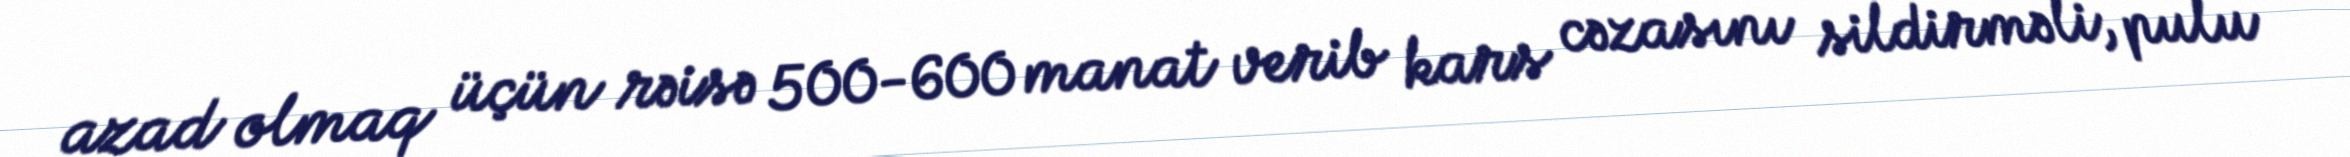
azad olmaq üçün rəisə 500-600 manat verib kars cəzasını sildirməli, pulu